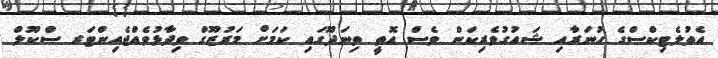
އެތުލެޓިކްސްގެ ހުނަރާއި ޝައުގުވެރިކަން ވެސް އޮތީ ތިނަދޫގައި ކަމަށް މަރުޒޫގް ވިދާޅުވެއްޖެއިންޓަރ ސްކޫލް